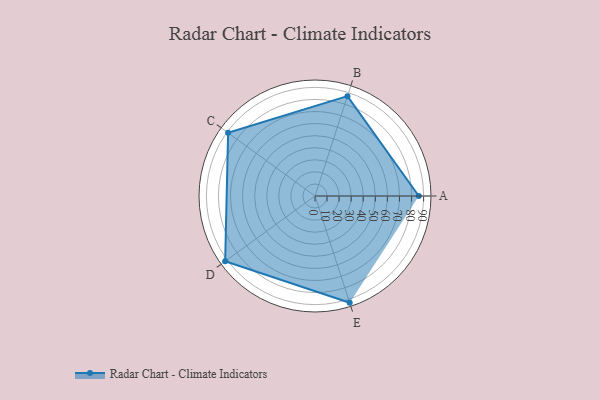
{"axis": {"x": "Skill", "y": "Score"}, "legend": ["Profile"], "data": [{"x": "A", "y": 86.0, "type": "Profile"}, {"x": "B", "y": 87.0, "type": "Profile"}, {"x": "C", "y": 89.0, "type": "Profile"}, {"x": "D", "y": 92.0, "type": "Profile"}, {"x": "E", "y": 93.0, "type": "Profile"}]}